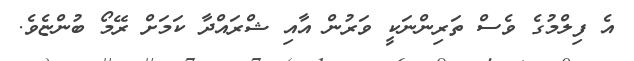
އެ ފިލްމުގެ ވެސް ތަރިންނަކީ ވަރުން އާއި ޝްރައްދާ ކަމަށް ރޭމޯ ބުންޏެވެ.